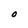
Character: O